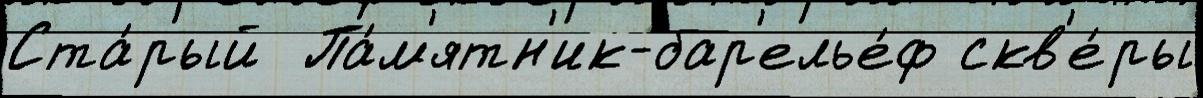
Ста́рый  Па́м'ятн'ик-бар'елье́ф скв'е́ры